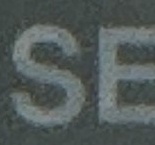
SE